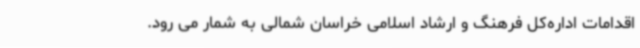
اقدامات اداره‌کل فرهنگ و ارشاد اسلامی خراسان شمالی به شمار می رود.